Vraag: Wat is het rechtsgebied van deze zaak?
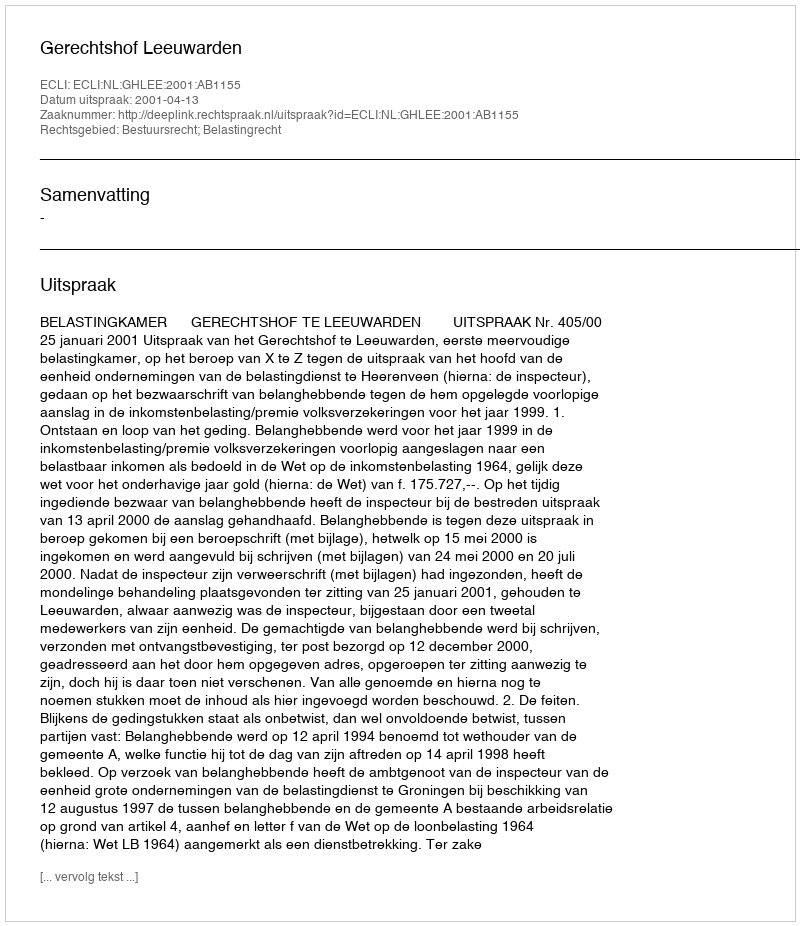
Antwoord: Bestuursrecht; Belastingrecht